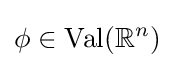
\phi \in \operatorname {Val} (\mathbb {R} ^{n})